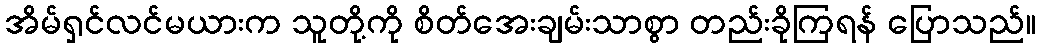
အိမ်ရှင်လင်မယားက သူတို့ကို စိတ်အေးချမ်းသာစွာ တည်းခိုကြရန် ပြောသည်။